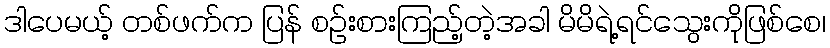
ဒါပေမယ့် တစ်ဖက်က ပြန် စဉ်းစားကြည့်တဲ့အခါ မိမိရဲ့ရင်သွေးကိုဖြစ်စေ၊